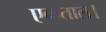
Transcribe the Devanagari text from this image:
एकताल।